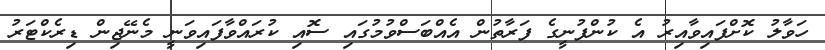
ހަވާލު ކޮށްފައިވާއިރު އެ ކުންފުނީގެ ފަރާތުން އެއްބަސްވުމުގައި ސޮއި ކުރައްވާފައިވަނީ މެނޭޖިން ޑިރެކްޓަރު